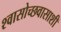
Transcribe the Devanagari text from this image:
श्वासोच्छवासाशी